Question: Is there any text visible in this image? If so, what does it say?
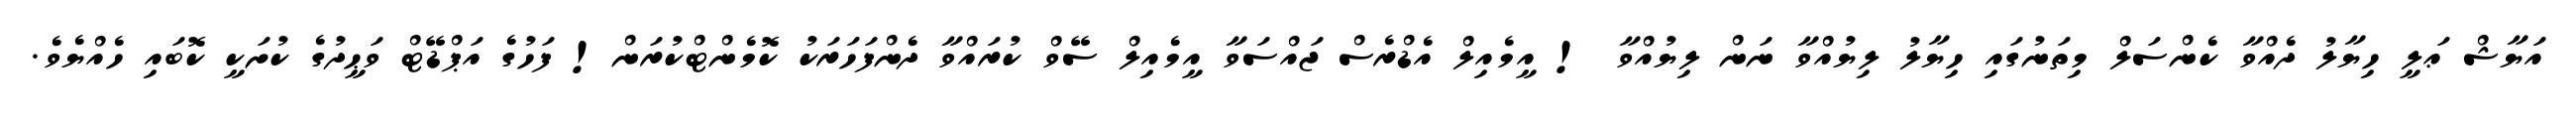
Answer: އަޔާޝް ޢަލީ ހިޔާލު ދެއްވާ ކެންސަލް މިތަނުގައި ހިޔާލު ލިޔުއްވާ ނަން ލިޔުއްވާ ! އީމެއިލް އެޑްރެސް ޖައްސަވާ އީމެއިލް ސޭވް ކުރައްވާ ދެންފަހަރަކު ކޮމެންޓްކުރަން! ފަހުގެ އަޕްޑޭޓް ވަޙީދުގެ ކުށަކީ ކޮބައި ހެއްޔެވެ.